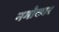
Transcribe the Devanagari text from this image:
नमोकार